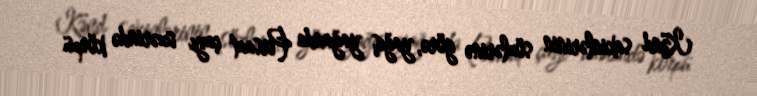
Kənd sakinlərinin sözlərinə görə, yağış yağanda Pirsaat çayı üzərində körpü